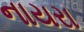
નાયરા